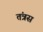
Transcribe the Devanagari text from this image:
तंत्रस